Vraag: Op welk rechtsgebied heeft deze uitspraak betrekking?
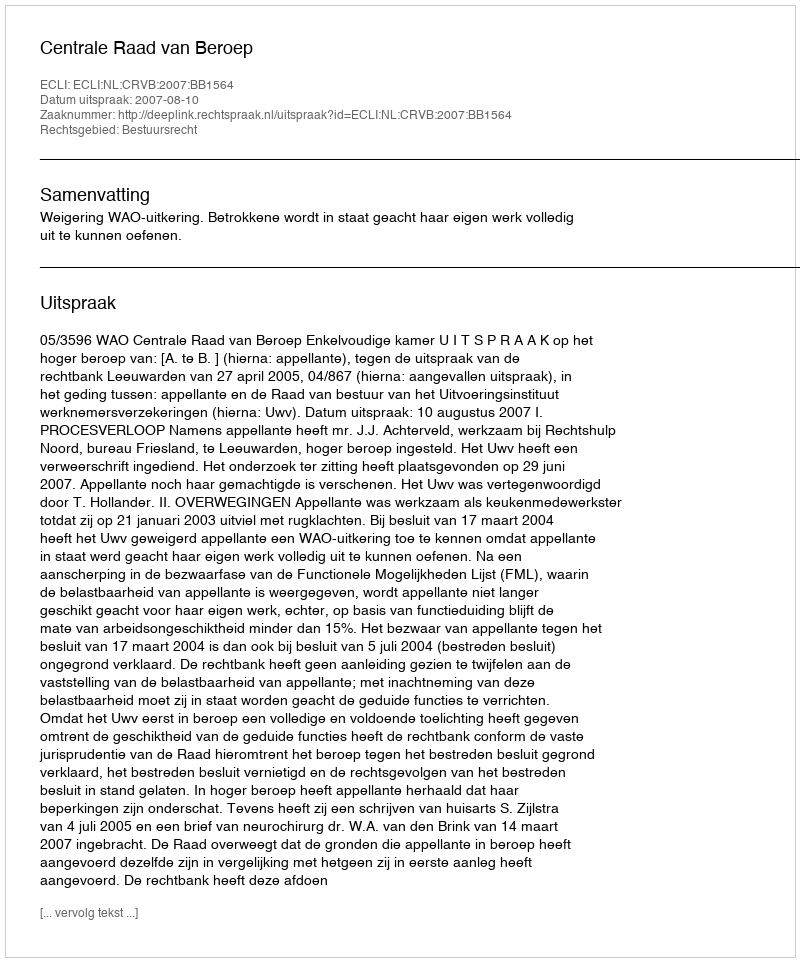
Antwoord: Bestuursrecht